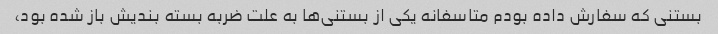
بستنی که سفارش داده بودم متاسفانه یکی از بستنی‌ها به علت ضربه بسته بندیش باز شده بود،